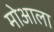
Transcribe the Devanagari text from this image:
मोआला